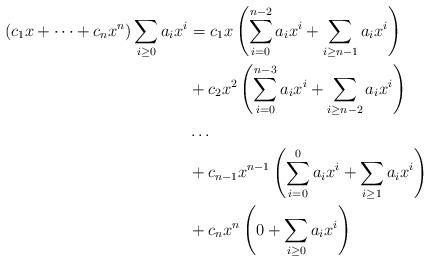
LaTeX: \begin{align*} (c_1x + \dots + c_nx^n)\sum_{i \geq 0}a_ix^i &= c_1x\left(\sum_{i=0}^{n-2}a_i x^i + \sum_{i \geq n-1}a_ix^i\right) \\&{} + c_2x^2\left(\sum_{i=0}^{n-3}a_ix^i + \sum_{i \geq n-2}a_i x^i\right) \\&{} \dots \\&{} + c_{n-1}x^{n-1}\left(\sum_{i=0}^0 a_ix^i + \sum_{i \geq 1} a_ix^i\right) \\&{} + c_nx^n\left(0 + \sum_{i \geq0} a_i x^i\right)\end{align*}